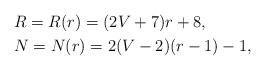
LaTeX: \begin{align*}&R=R(r) =(2V+7)r+8,\\&N=N(r) =2(V-2)(r-1)-1,\end{align*}